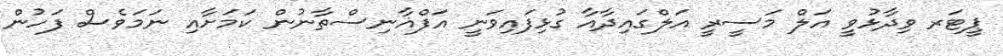
ޕީޓަރ ވިދާޅުވީ އަލް މަސީރީ އަލްގައިދާއާ ގުޅިފައިވަނީ އަފްޣާނިސްތާނުން ކަމަށާއި ނަމަވެސް ފަހުން